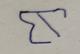
Signature authenticity: forged